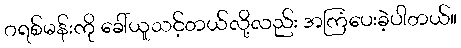
ဂရစ်မန်းကို ခေါ်ယူသင့်တယ်လို့လည်း အကြံပေးခဲ့ပါတယ်။